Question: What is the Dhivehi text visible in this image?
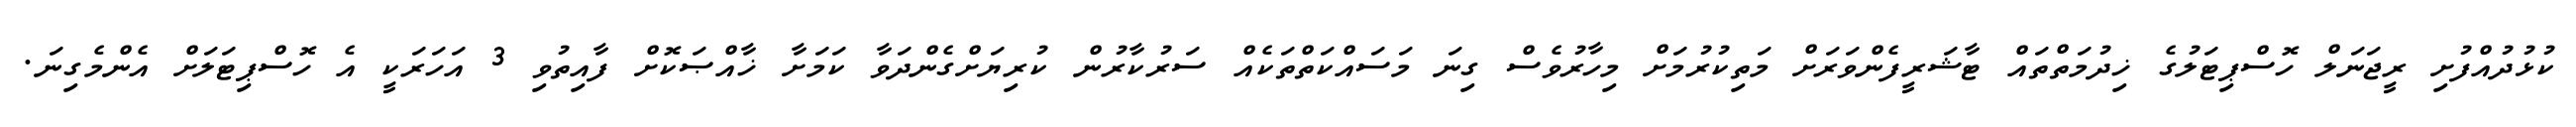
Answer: ކުޅުދުއްފުށި ރީޖަނަލް ހޮސްޕިޓަލުގެ ޚިދުމަތްތައް ޓާޝަރީފެންވަރަށް މަތިކުރުމަށް މިހާރުވެސް ގިނަ މަސައްކަތްތަކެއް ސަރުކާރުން ކުރިޔަށްގެންދަވާ ކަމަށާ ޚާއްޞަކޮށް ފާއިތުވި 3 އަހަރަކީ އެ ހޮސްޕިޓަލަށް އެންމެގިނަ.